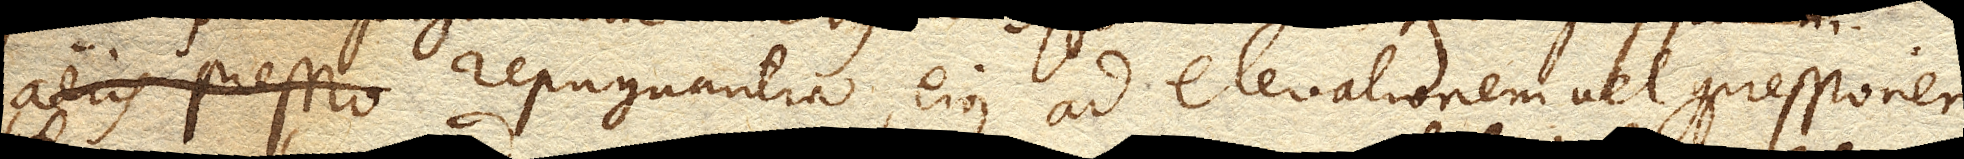
aeris pressio repugnantia ejus ad elevationem vel compressionem